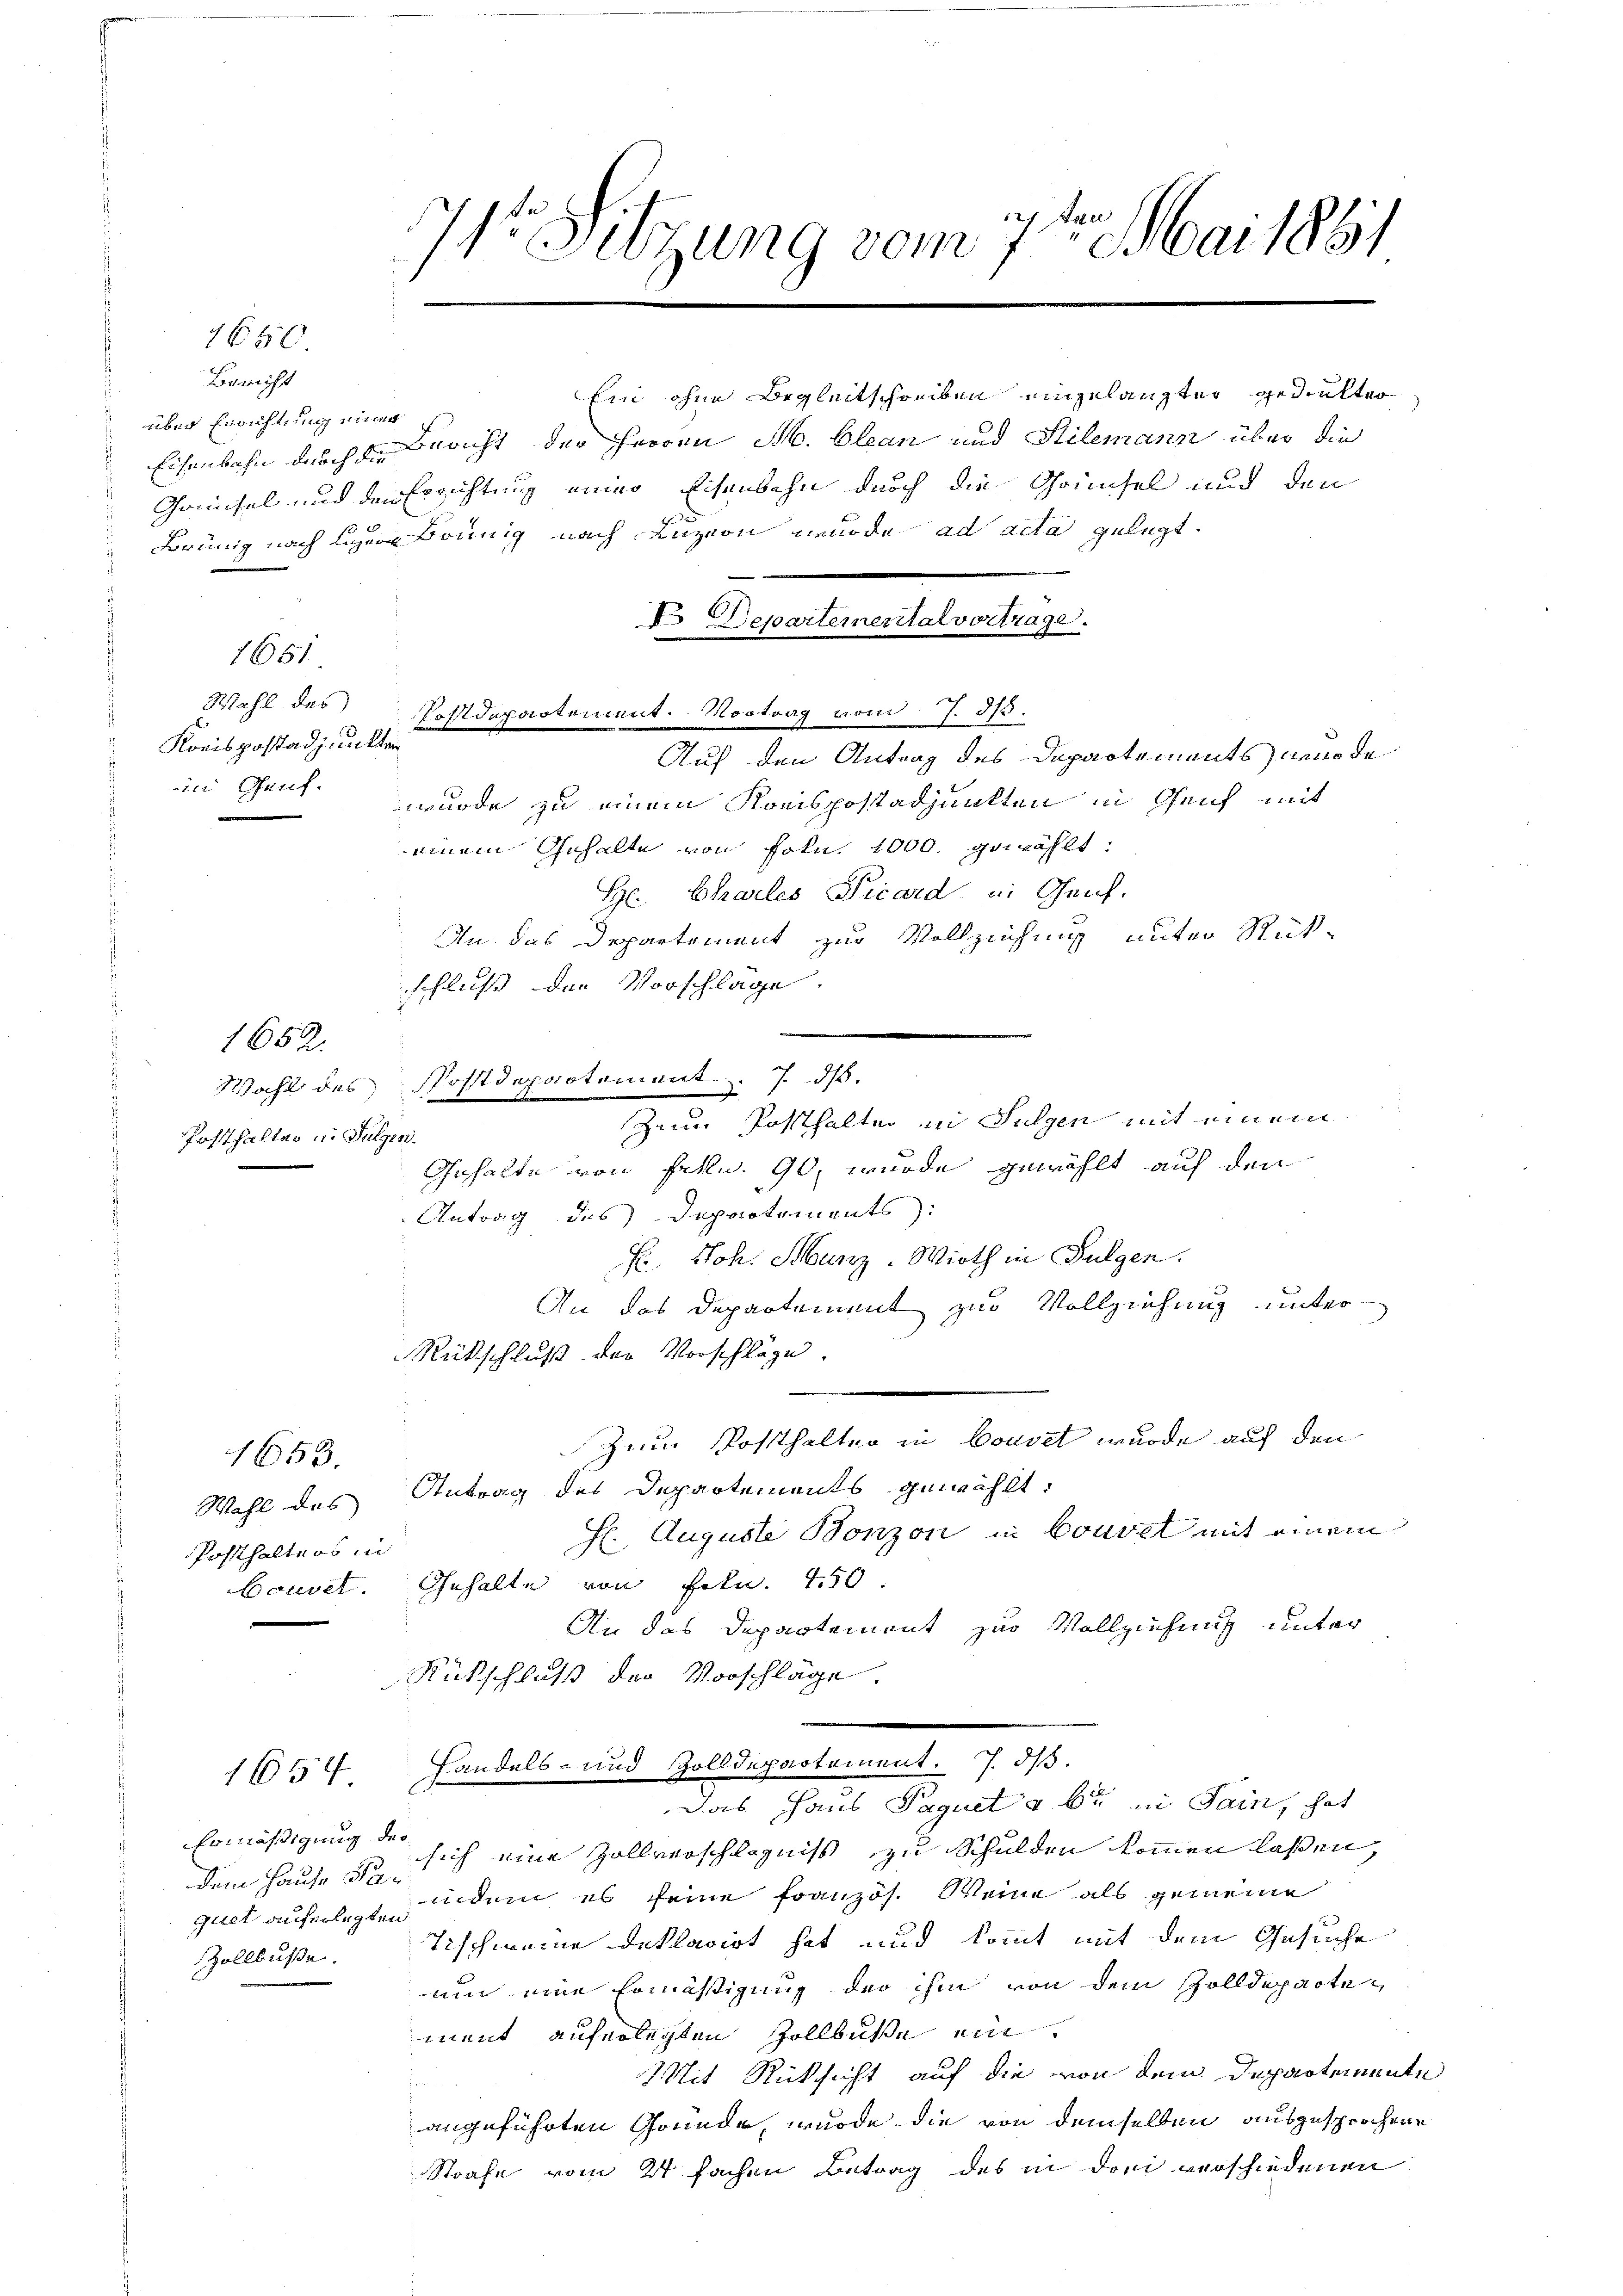
1650
Bericht

Brünig nach Leere Brünig nach Luzion wurde ad acta gelegt.
Auf den Antrag des Departements nende
wurde zu einem Kreispostadjunkten in Gleich mit
einem Gehalte von Frkn. 1000. gewählt:
Hr. Charles Vicard in Genf.
An das Departement zur Vollziehung unter Stück-
schluß der Vorschläge.
.
Wahl des Postdepartement. 7. ds.
Zeim Posthalter in Sulgen mit einem
Gehalte von Felln. 90 wurde gewählt auf den
Antrag des Departements:
H. Joh. Manz, Wirth in Fulgen.
An das Departement zur Vollziehung unter
Rütschluß der Vorschläge.
.
Zum Postthalter in Bouset wurde auf den
1653.
Wahl des Antrag des Departements gewählt:
H. Auguste Bonzon in Bouvel mit einem
Posthalters in
Couvel. Gehalte von Frkn. 450.
An das Departement zur Vollziehung unter
Rückschluß der Vorschläge.
Handels- und Zolldepartement. 7. dβ.
1654
Das Haus Paquet a bi in Sain, hat
Ermäßigung derdem Hause ist sich eine Zollverschlägniß zu Schulden kommen laßen,
guet aufelt indem es seine Französ. Weine als gemeine
Tischweine Deklavirt hat und kommt mit dem Gesuche
Zollbuße.
um eine Ermäßigung der ihm von dem Zolldepartement auferlegten Zollbuße ein
Mit Rücksicht auf die von dem Departemente
h
angeführten Gründe, wurde die von demselben ausgesprochen,
Strafe vom 24 fachen Betrag des in drei verschiedenen

über Errichtung einer

1651

Konispostadjunkten
in Genf.

Postthalten in Fulgen.

1652.

Lan
7r Sitzung vom 7. Mai 1881

V Departemental vortrage.
Wahl des Postdepartement. Vortrag vom 7. 315.

Ein ohne Begleitschreiben einzulangter gedrukter
Eisenbahn durch den Bericht der Herren M. Olean und Stilemann über die
Gaüsel und der Errichtung einer Eisenbahn durch die Grünsel und den